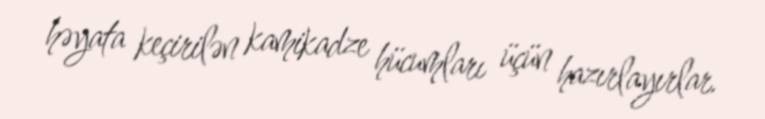
həyata keçirilən kamikadze hücumları üçün hazırlayırlar.